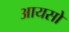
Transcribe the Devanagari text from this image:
आयसो